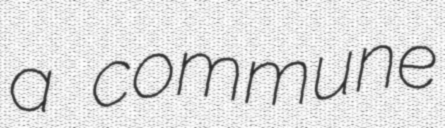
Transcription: a commune